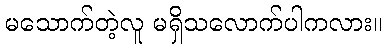
မသောက်တဲ့လူ မရှိသလောက်ပါကလား။